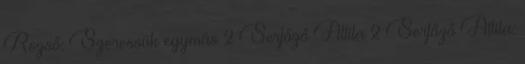
Rezső: Szeressük egymás 2 Serfőző Attila 2 Serfőző Attila: